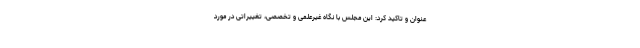
عنوان و تاکید کرد: این مجلس با نگاه غیرعلمی و تخصصی، تغییراتی در مورد